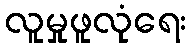
လူမှုဖူလုံရေး